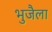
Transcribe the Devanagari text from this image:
भुजैला